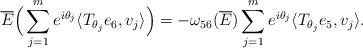
LaTeX: \begin{align*}\overline{E}\Big(\sum\limits_{j=1}^me^{i\theta_j}\langle T_{\theta_j}e_6,v_j\rangle\Big)=-\omega_{56}(\overline{E})\sum\limits_{j=1}^me^{i\theta_j}\langle T_{\theta_j}e_5,v_j\rangle.\end{align*}